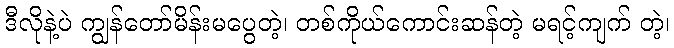
ဒီလိုနဲ့ပဲ ကျွန်တော်မိန်းမပွေတဲ့၊ တစ်ကိုယ်ကောင်းဆန်တဲ့ မရင့်ကျက် တဲ့၊